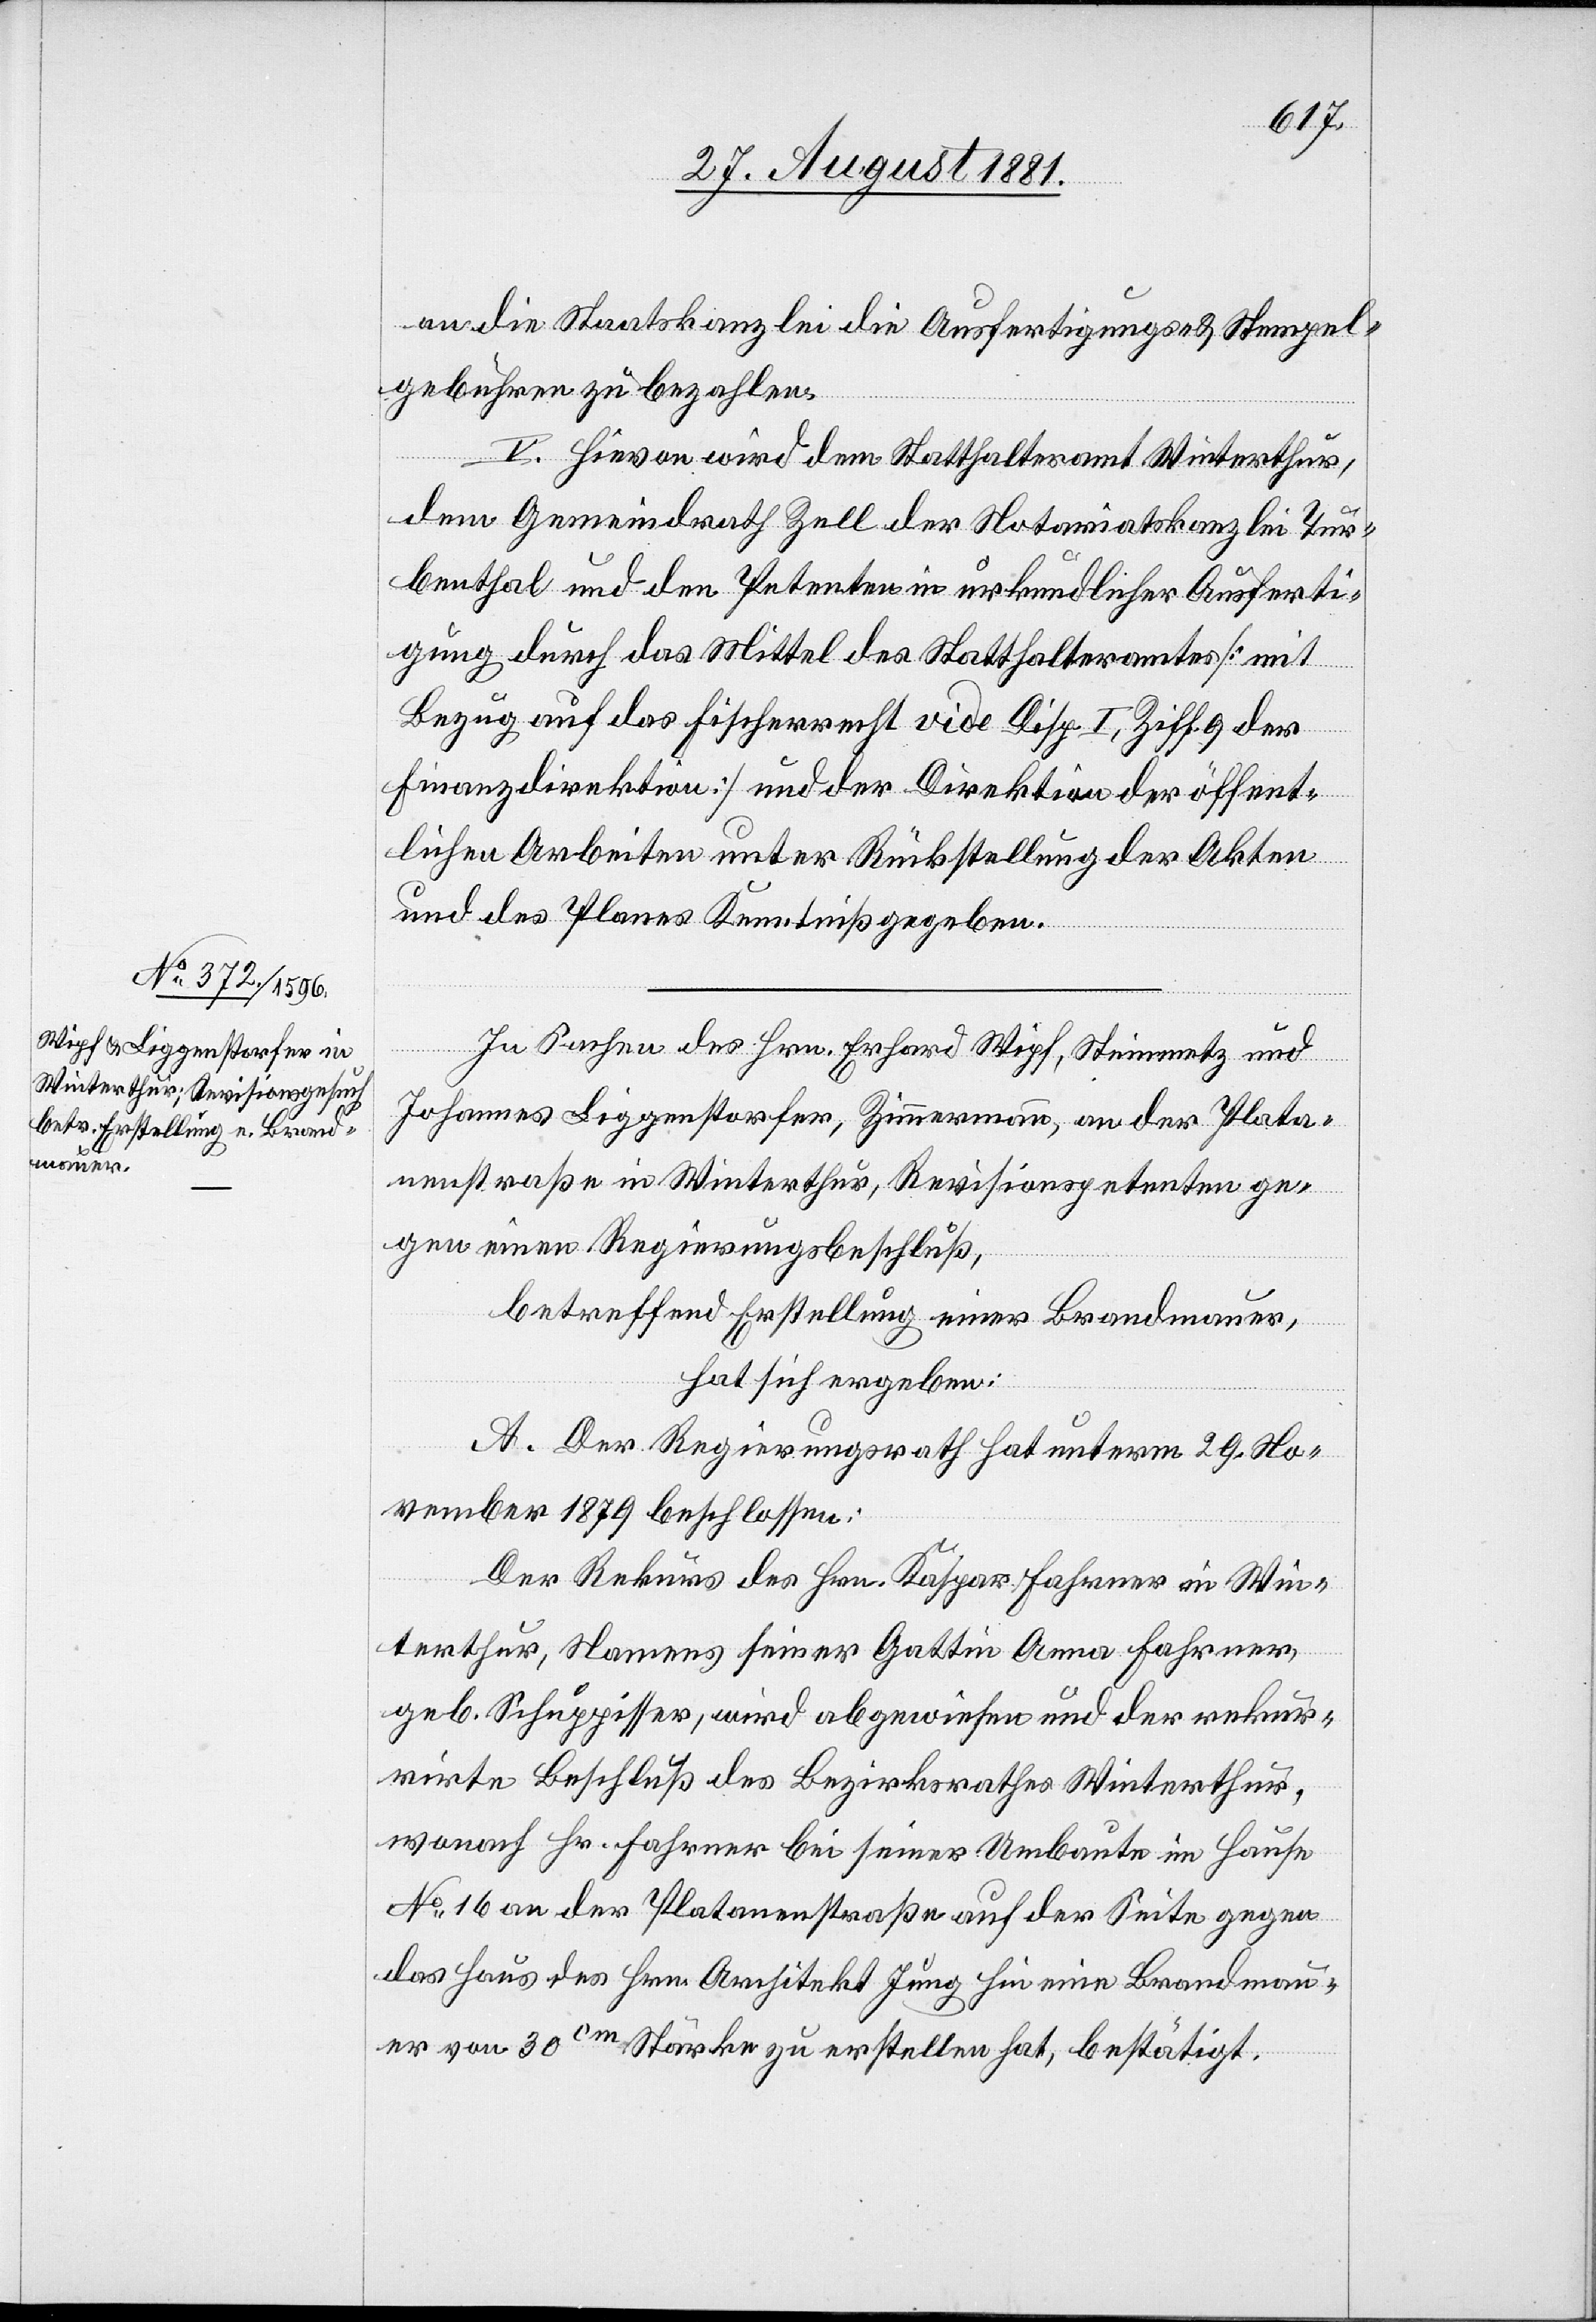
an die Staatskanzlei die Ausfertigungs- & Stempel¬
gebühren zu bezahlen.
V. Hievon wird dem Statthalteramt Winterthur,
dem Gemeindrath Zell der Notariatskanzlei Tur¬
benthal und den Petenten in urkundlicher Ausferti¬
gung durch das Mittel des Statthalteramtes [mit
Bezug auf das Fischerrecht vide Disp. I, Ziff. 9 der
Finanzdirektion] und der Direktion der öffent¬
lichen Arbeiten unter Rückstellung der Akten
und des Planes Kenntniß gegeben.
In Sachen des Hrn. Erhard Wipf, Steinmetz und
Johannes Liggenstorfer, Zimmermann, an der Plata¬
nenstraße in Winterthur, Revisionspetenten ge¬
gen einen Regierungsbeschluß,
betreffend Erstellung einer Brandmauer,
hat sich ergeben:
A. Der Regierungsrath hat unterm 29. No¬
vember 1879 beschlossen:
Der Rekurs des Hrn. Kaspar Fahrner in Win¬
terthur, Namens seiner Gattin Anna Fahrner,
geb. Schuppisser, wird abgewiesen und der rekur¬
rirte Beschluß des Bezirksrathes Winterthur,
wonach Hr. Fahrner bei seiner Umbaute im Hause
No 16 an der Platanenstraße auf der Seite gegen
das Haus des Hrn. Architekt Jung hie eine Brandmau¬
er von 30cm Stärke zu erstellen hat, bestätigt.